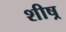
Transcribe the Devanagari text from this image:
शीष्र